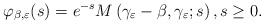
LaTeX: \begin{align*}\varphi_{\beta,\varepsilon}(s)=e^{-s}M \left(\gamma_{\varepsilon}-\beta, \gamma_{\varepsilon}; s\right),s \ge 0.\end{align*}